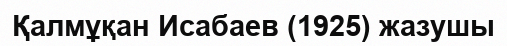
Қалмұқан Исабаев (1925) жазушы